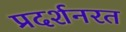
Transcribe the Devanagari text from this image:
प्रदर्शनरत